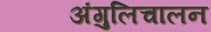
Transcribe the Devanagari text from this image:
अंगुलिचालन